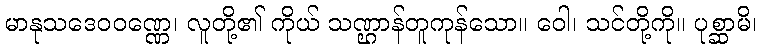
မာနုသဒေဝဝဏ္ဏေ၊ လူတို့၏ ကိုယ် သဏ္ဌာန်တူကုန်သော။ ဝေါ၊ သင်တို့ကို။ ပုစ္ဆာမိ၊